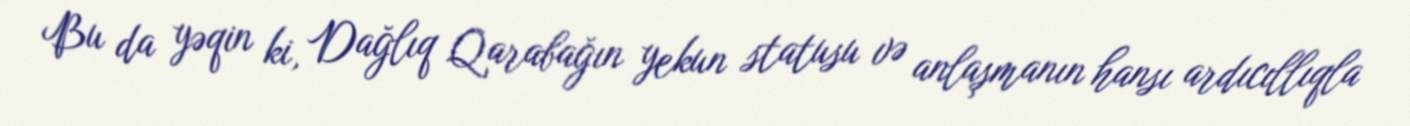
Bu da yəqin ki, Dağlıq Qarabağın yekun statusu və anlaşmanın hansı ardıcıllıqla